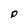
Character: P